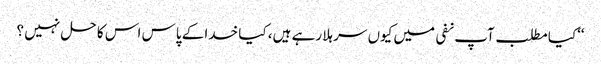
‘‘کیا مطلب آپ نفی میں کیوں سر ہلا رہے ہیں، کیا خدا کے پاس اس کا حل نہیں ؟